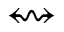
\leftrightsquigarrow